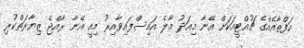
ހަފްތާއެއްގެ ޗުއްޓީއަކަށް އޭނާ މިއަދު މާލެ އައިސްފައިވާއިރު މިއީ އޭނާ ރާއްޖެ ޒިޔާރަތްކުރި